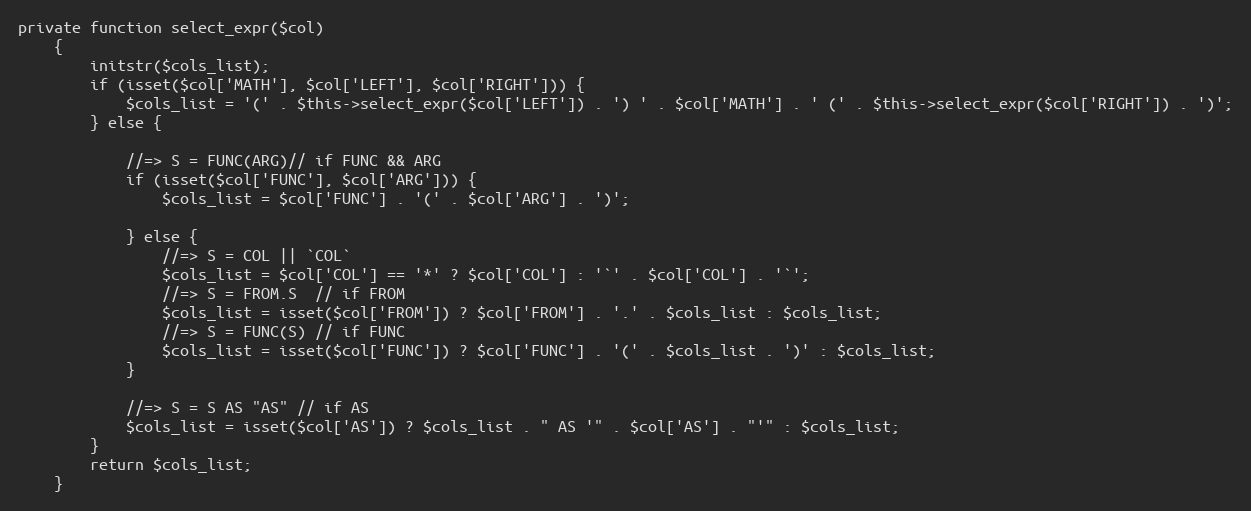
Language: PHP
private function select_expr($col)
    {
        initstr($cols_list);
        if (isset($col['MATH'], $col['LEFT'], $col['RIGHT'])) {
            $cols_list = '(' . $this->select_expr($col['LEFT']) . ') ' . $col['MATH'] . ' (' . $this->select_expr($col['RIGHT']) . ')';
        } else {

            //=> S = FUNC(ARG)// if FUNC && ARG
            if (isset($col['FUNC'], $col['ARG'])) {
                $cols_list = $col['FUNC'] . '(' . $col['ARG'] . ')';

            } else {
                //=> S = COL || `COL`
                $cols_list = $col['COL'] == '*' ? $col['COL'] : '`' . $col['COL'] . '`';
                //=> S = FROM.S  // if FROM
                $cols_list = isset($col['FROM']) ? $col['FROM'] . '.' . $cols_list : $cols_list;
                //=> S = FUNC(S) // if FUNC
                $cols_list = isset($col['FUNC']) ? $col['FUNC'] . '(' . $cols_list . ')' : $cols_list;
            }

            //=> S = S AS "AS" // if AS
            $cols_list = isset($col['AS']) ? $cols_list . " AS '" . $col['AS'] . "'" : $cols_list;
        }
        return $cols_list;
    }